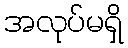
အလုပ်မရှိ